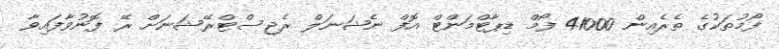
ފޯމުތަކުގެ ތެރެއިން 41000 ފޯމް ޑިޕާޓްމަންޓް އޮފް ނެޝަނަލް ރެޖިސްޓްރޭޝަނަށް ރޭ ފޮނުވާފައިވާ